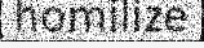
homilize